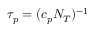
\tau _ { p } = ( c _ { p } N _ { T } ) ^ { - 1 }